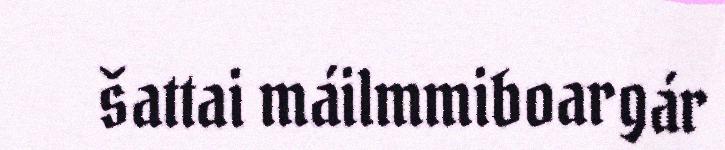
šattai máilmmiboargár